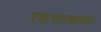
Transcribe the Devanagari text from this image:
रक्तभारशामक